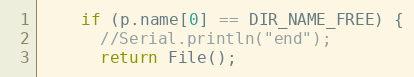
Language: C++
    if (p.name[0] == DIR_NAME_FREE) {
      //Serial.println("end");
      return File();